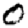
Digit: 0